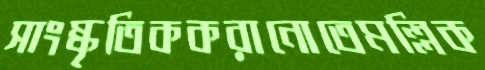
সাংষ্কৃতিককরানোতেমল্লিক